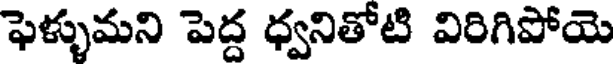
ఫెళ్ళుమని పెద్ద ధ్వనితోటి విరిగిపోయె